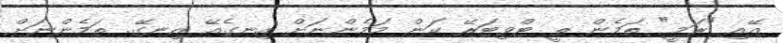
އޭއި "ރަމީ" ތަމެން ތީ ޓްވިޓަރޭ ކަން މަމެންނަށް އިނގެއޭ އިނގޭ. ތަމެންނަށް